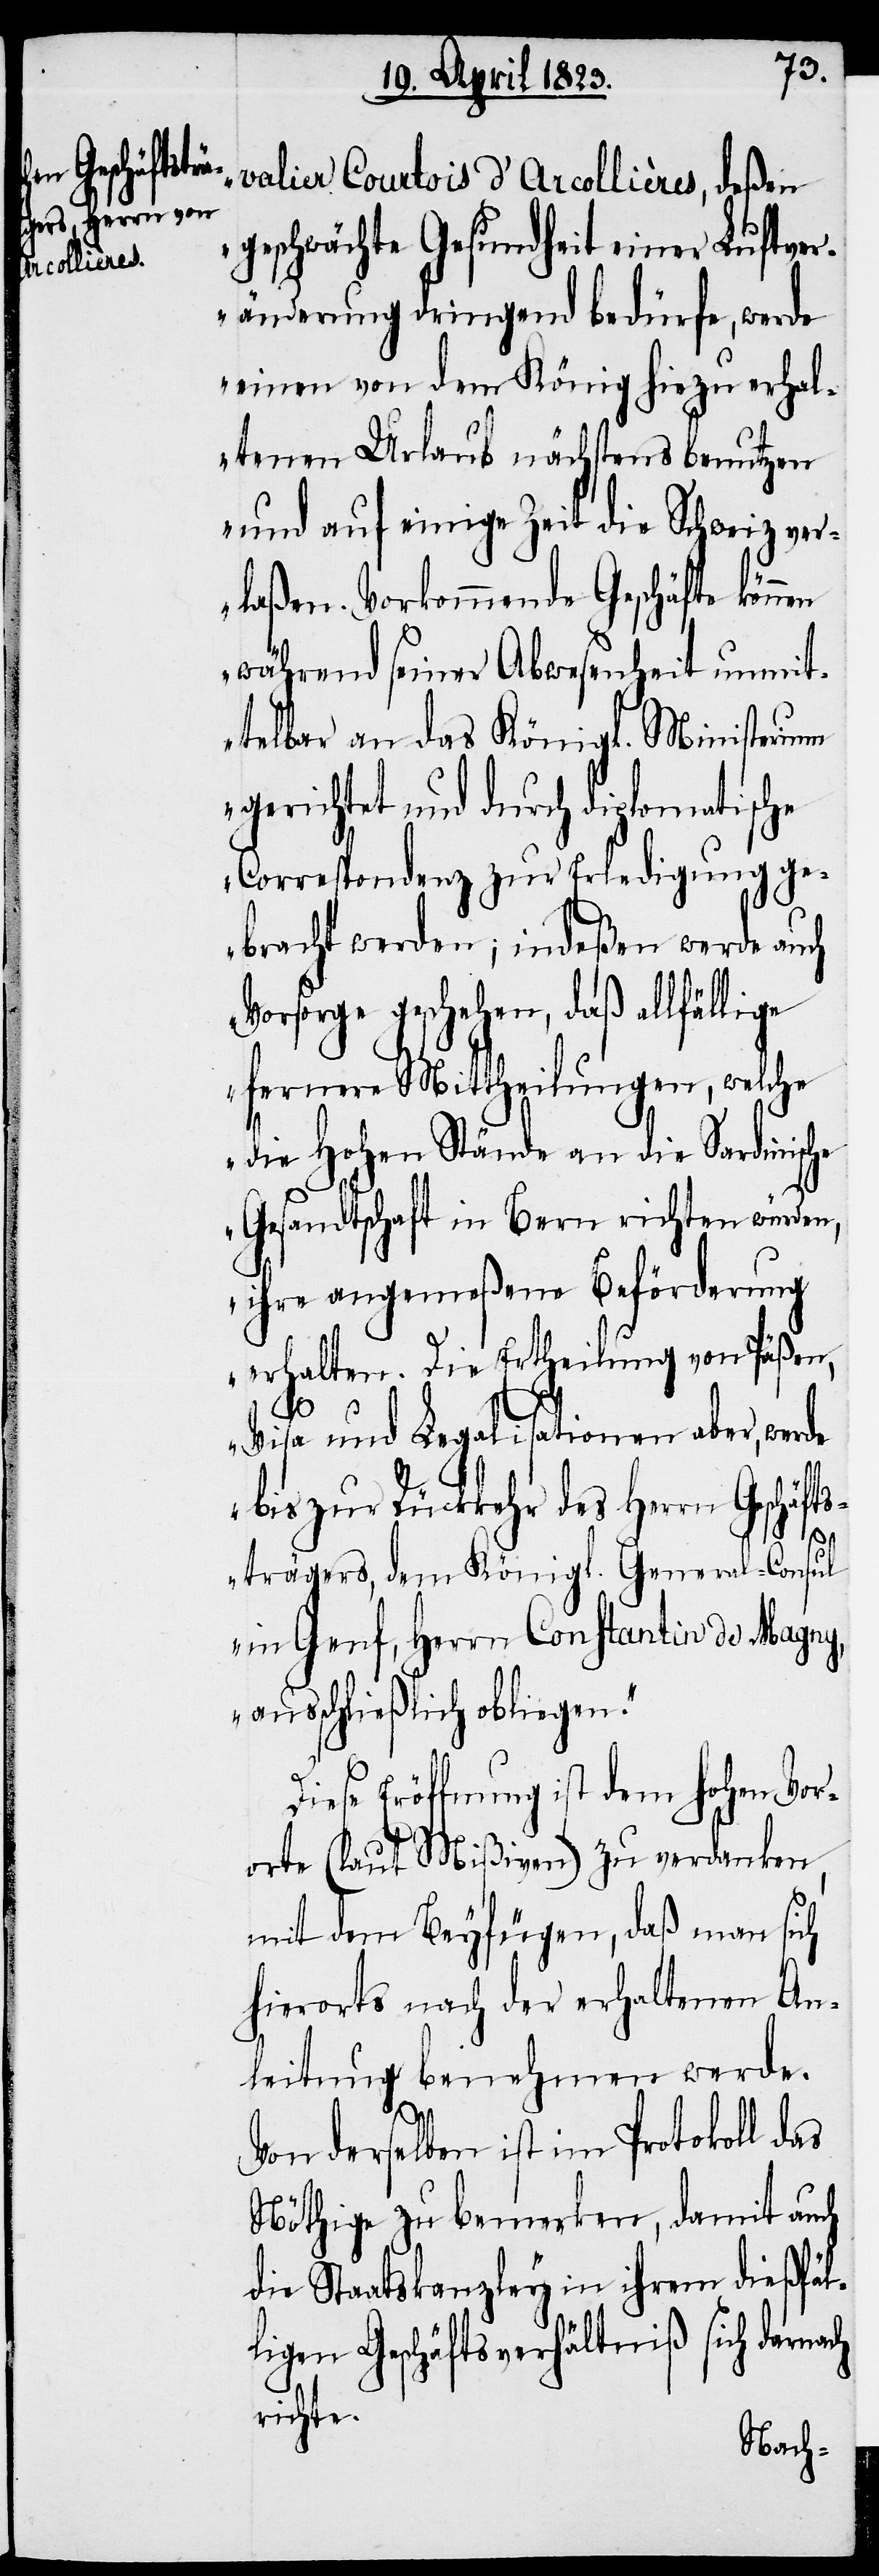
valier Courtois d’Arcollières, deßen
geschwächte Gesundheit einer Luftver¬
änderung dringend bedürfe, werde
einen von dem König hiezu erhal¬
tenen Urlaub nächstens benutzen
und auf einige Zeit die Schweiz ver¬
laßen. Vorkommende Geschäfte können
während seiner Abwesenheit unmit¬
telbar an das Königl. Ministerium
gerichtet und durch diplomatische
Correspondenz zur Erledigung ge¬
bracht werden; indeßen werde auch
Vorsorge geschehen, daß allfällige
fernere Mittheilungen, welche
die Hohen Stände an die Sardinische
Gesandtschaft in Bern richten würden,
ihre angemeßene Beförderung
erhalten. Die Ertheilung von Päßen,
Visa und Legalisationen aber, werde
bis zur Rückkehr des Herrn Geschäft¬
strägers, dem Königl. General-Consul
in Genf, Herrn Constantin de Magny,
ausschließlich obliegen.“
Diese Eröffnung ist dem hohen Vor¬
orte (laut Mißiven) zu verdanken,
mit dem Beyfügen, daß man sich
hierorts nach der erhaltenen An¬
leitung benehmen werde.
Von derselben ist im Protokoll das
Nöthige zu bemerken, damit auch
die Staatskanzley in ihrem dießfäl¬
ligen Geschäftsverhältniß sich darnach
richte.